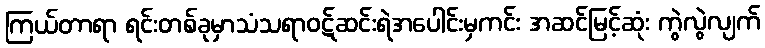
ကြယ်တာရာ ရင်းတစ်ခုမှာသံသရာဝဋ်ဆင်းရဲအပေါင်းမှကင်း အဆင်မြင့်ဆုံး ကွဲလွဲလျက်